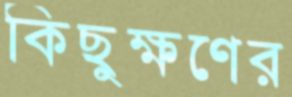
কিছুক্ষণের